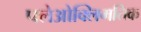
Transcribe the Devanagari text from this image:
पलेओक्लिमतिक